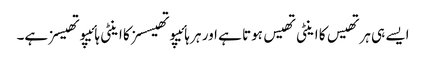
ایسے ہی ہرتھیس کا اینٹی تھیس ہوتا ہے اور ہر ہائیپوتھیسسز کا اینٹی ہائیپوتھیسز ہے۔